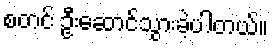
စတင် ဦးဆောင်သွားခဲ့ပါတယ်။